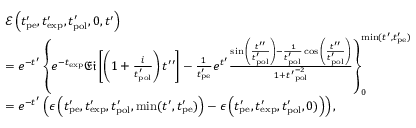
\begin{array} { r l } & { \mathcal { E } \left( t _ { \mathrm { p e } } ^ { \prime } , t _ { \mathrm { e x p } } ^ { \prime } , t _ { \mathrm { p o l } } ^ { \prime } , 0 , t ^ { \prime } \right) } \\ & { = e ^ { - t ^ { \prime } } \left\{ e ^ { - t _ { \mathrm { e x p } } } \mathfrak { E i } \left[ \left( 1 + \frac { i } { t _ { \mathrm { p o l } } ^ { \prime } } \right) t ^ { \prime \prime } \right] - \frac { 1 } { t _ { \mathrm { p e } } ^ { \prime } } e ^ { t ^ { \prime } } \frac { \sin { \left( \frac { t ^ { \prime \prime } } { t _ { \mathrm { p o l } } ^ { \prime } } \right) } - \frac { 1 } { t _ { \mathrm { p o l } } ^ { \prime } } \cos { \left( \frac { t ^ { \prime \prime } } { t _ { \mathrm { p o l } } ^ { \prime } } \right) } } { 1 + { t ^ { \prime } } _ { \mathrm { p o l } } ^ { - 2 } } \right\} _ { 0 } ^ { \mathrm { m i n } ( t ^ { \prime } , t _ { \mathrm { p e } } ^ { \prime } ) } } \\ & { = e ^ { - t ^ { \prime } } \left( \epsilon \left( t _ { \mathrm { p e } } ^ { \prime } , t _ { \mathrm { e x p } } ^ { \prime } , t _ { \mathrm { p o l } } ^ { \prime } , \mathrm { m i n } ( t ^ { \prime } , t _ { \mathrm { p e } } ^ { \prime } ) \right) - \epsilon \left( t _ { \mathrm { p e } } ^ { \prime } , t _ { \mathrm { e x p } } ^ { \prime } , t _ { \mathrm { p o l } } ^ { \prime } , 0 ) \right) \right) , } \end{array}